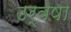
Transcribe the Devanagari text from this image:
उर्वषा